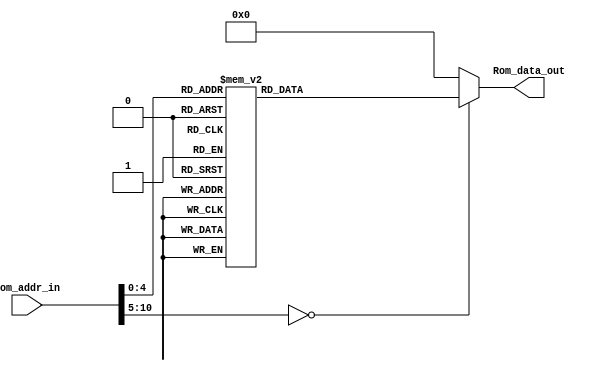
module Program_Rom(Rom_data_out, Rom_addr_in);

//---------
    output [13:0] Rom_data_out;
    input [10:0] Rom_addr_in; 
//---------
    
    reg   [13:0] data;
    wire  [13:0] Rom_data_out;
    
    always @(Rom_addr_in)
        begin
            case (Rom_addr_in)
                10'h0 : data = 14'h01A5;
                10'h1 : data = 14'h01A4;
                10'h2 : data = 14'h01A3;
                10'h3 : data = 14'h01A6;
                10'h4 : data = 14'h3015;
                10'h5 : data = 14'h00A5;
                10'h6 : data = 14'h3003;
                10'h7 : data = 14'h00A4;
                10'h8 : data = 14'h02A5;
                10'h9 : data = 14'h0AA6;
                10'ha : data = 14'h1FA5;
                10'hb : data = 14'h33FC;
                10'hc : data = 14'h03A6;
                10'hd : data = 14'h0826;
                10'he : data = 14'h008D;
                10'hf : data = 14'h01A7;
                10'h10 : data = 14'h0825;
                10'h11 : data = 14'h02A7;
                10'h12 : data = 14'h0827;
                10'h13 : data = 14'h0224;
                10'h14 : data = 14'h008D;
                10'h15 : data = 14'h301E;
                10'h16 : data = 14'h00A0;
                10'h17 : data = 14'h01A1;
                10'h18 : data = 14'h01A2;
                10'h19 : data = 14'h0BA2;
                10'h1a : data = 14'h2819;
                10'h1b : data = 14'h0BA1;
                10'h1c : data = 14'h2818;
                10'h1d : data = 14'h0BA0;
                10'h1e : data = 14'h2818;
                10'h1f : data = 14'h0008;
                default: data = 14'h0;   
            endcase
        end

     assign Rom_data_out = data;

endmodule